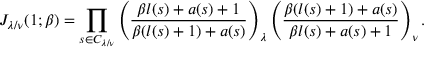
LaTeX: J _ { \lambda / \nu } ( 1 ; \beta ) = \prod _ { s \in C _ { \lambda / \nu } } \left( \frac { \beta l ( s ) + a ( s ) + 1 } { \beta ( l ( s ) + 1 ) + a ( s ) } \right) _ { \lambda } \left( \frac { \beta ( l ( s ) + 1 ) + a ( s ) } { \beta l ( s ) + a ( s ) + 1 } \right) _ { \nu } .